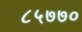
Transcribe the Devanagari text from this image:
८५७७०